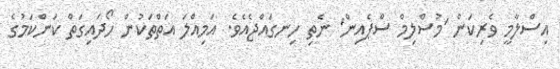
އިސްލާމީ ވެރިކަން 'މުސްލިމް ސްޕެއިން' ނެތި ހިނގައްޖެއެވެ. އަމިއްލަ އަތްތަކުން ހޯދައިގަތް ކަންކަމުގެ